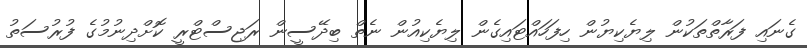
ގެނައި ފަރާތްތަކުން ލިޔެކިޔުން ހިފަހައްޓައިގެން ލިޔެކިއުން ނެތް ބިދޭސީން ރަޖިސްޓްރީ ކޮށްދިނުމުގެ ފުރުސަތު